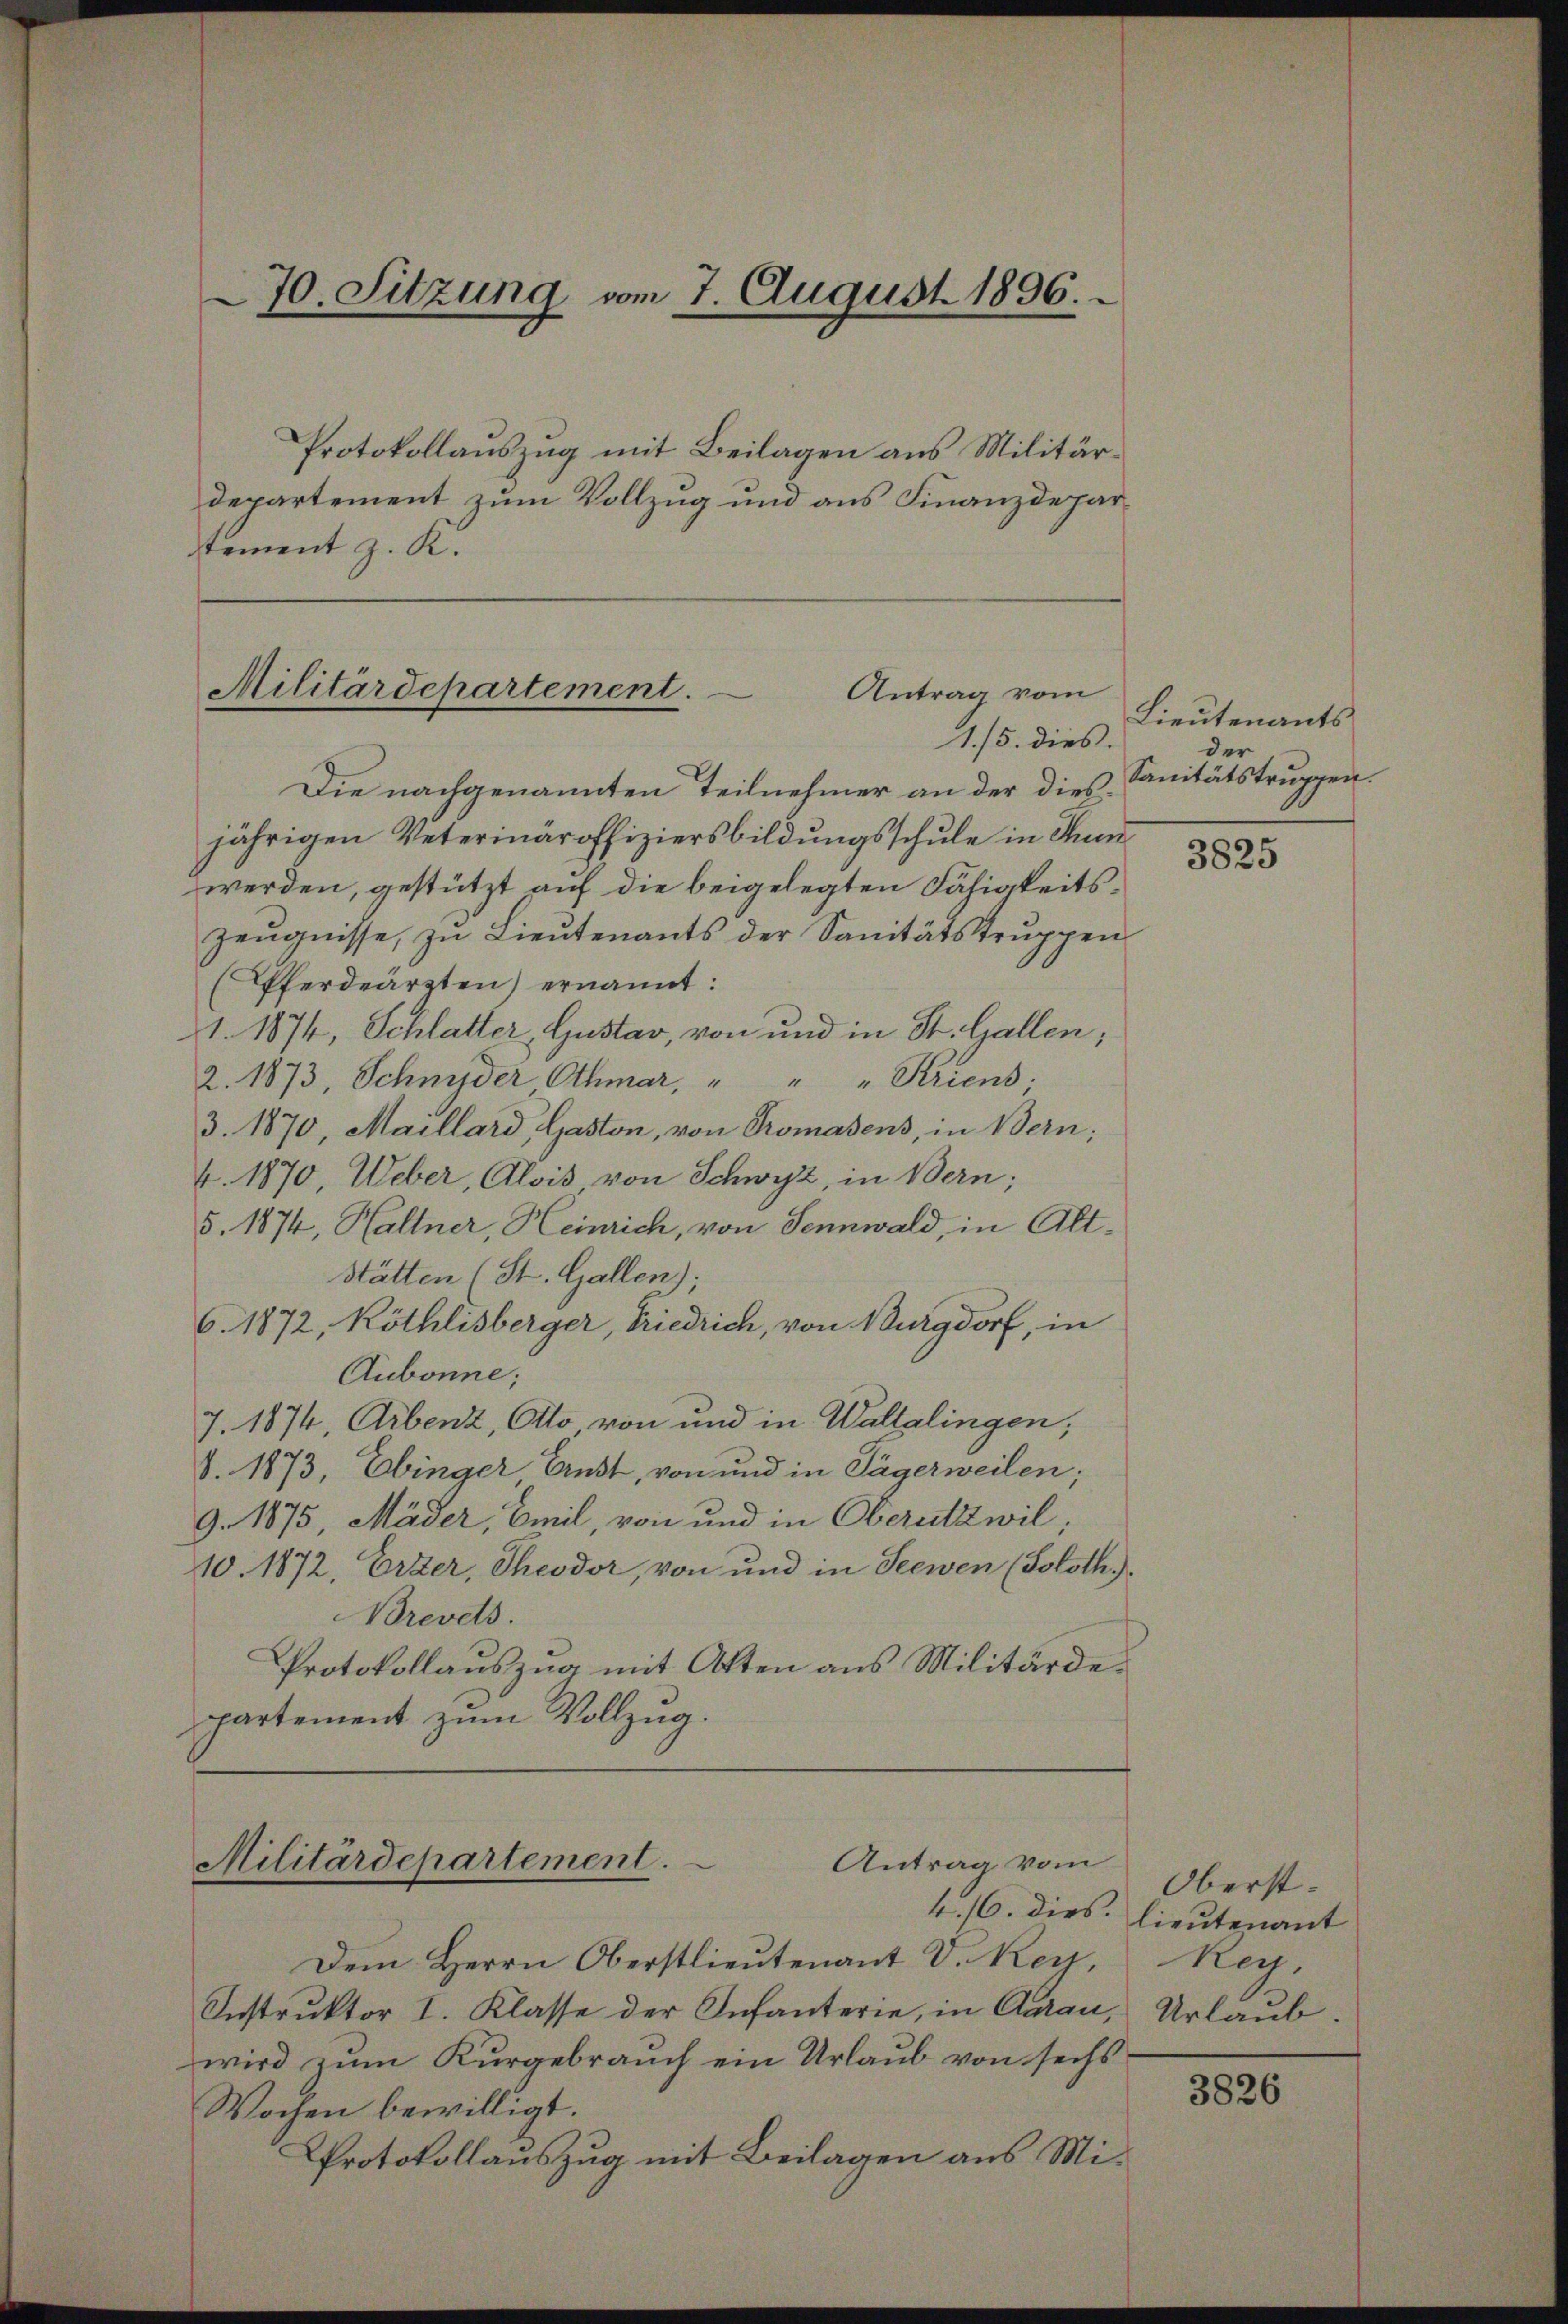
70. Sitzung vom 7. August 1896.

Protokollauszug mit Beilagen aus Militärdepartement zum Vollzug und aus Finanzdepartement z. K.

Militärdepartement.
Antrag vom
1./5. dies

Dem Herrn Oberstlieutenant V. Kerl,
Instruktor I. Klasse der Infanterie, in Aarau, Urlaub
wird zum Kurgebrauch ein Urlaub von sechs
Wochen bewilligt.
Protokollauszug mit Beilagen aus Mi¬

Die nachgenannten Teilnehmer an der diesjährigen Veterinäroffiziersbildungsschule in Thun
werden, gestützt auf die beigelegten Fähigkeits¬
Zeŭgnisse, zŭ Lieŭtenants der Sanitätstrŭppen
Pferdeärzten) ernannt:
1. 1874, Schlatter, Gustav, von und in St. Gallen;
2. 1873, Schnyder Othmar, " " " Kriens.
3. 1870, Maillard Gaston, von Promasens, in Bern;
4. 1870, Ueber, Alois von Schwyz, in Bern;
5. 1874, Haltner Heinrich, von Sennwald, in Alt¬
Stätten (St. Gallen);
6.1872, Röthlisberger, Friedrich, von Burgdorf, in
Aubonne;
J. 1874, Arbenz, Alo von und in Waltalingen;
8. 1873, Ebinger Ernst, von und in Tägerweilen;
9. 1875, Mäder, Emil, von und in Oberutzwil¬
10. 1872, Erzer, Theodor, von und in Seewen (Soloth.).
Brevets.
Protokollauszug mit Atten aus Militärdepartement zum Vollzug.

Antrag vom
Militärdepartement.

Lieutenants
der
Sanitätstruppen.

3825

Oberst-
4./6. dies lieutenant
Rey.

3826